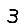
Digit: 3